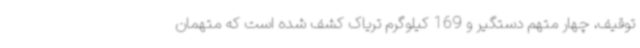
توقیف، چهار متهم دستگیر و 169 کیلوگرم تریاک کشف شده است که متهمان